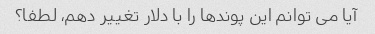
آیا می توانم این پوندها را با دلار تغییر دهم، لطفا؟